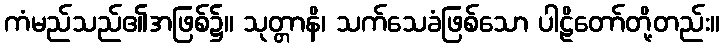
ကံမည်သည်၏အဖြစ်၌။ သုတ္တာနိ၊ သက်သေခံဖြစ်သော ပါဠိတော်တို့တည်း။